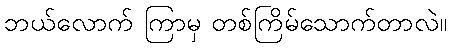
ဘယ်လောက် ကြာမှ တစ်ကြိမ်သောက်တာလဲ။